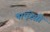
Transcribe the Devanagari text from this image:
पाएरेसी